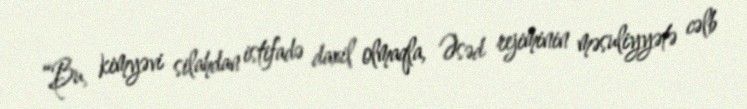
“Bu, kimyəvi silahdan istifadə daxil olmaqla, Əsəd rejiminin məsuliyyətə cəlb